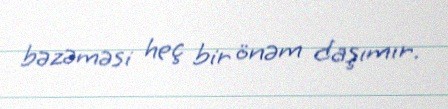
bəzəməsi heç bir önəm daşımır.